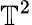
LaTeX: \mathbb{T}^{2}